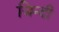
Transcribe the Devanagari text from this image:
जिन्दी